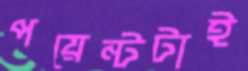
পয়েন্টটাই